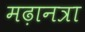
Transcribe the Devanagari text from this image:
मढ़ानत्रा